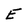
Character: E